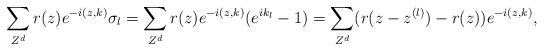
LaTeX: \begin{align*}\sum_{Z^d}r(z)e^{-i(z,k)}\sigma_l=\sum_{Z^d}r(z)e^{-i(z,k)}(e^{ik_l}-1)=\sum_{Z^d}(r(z-z^{(l)})-r(z))e^{-i(z,k)},\end{align*}